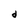
Character: d